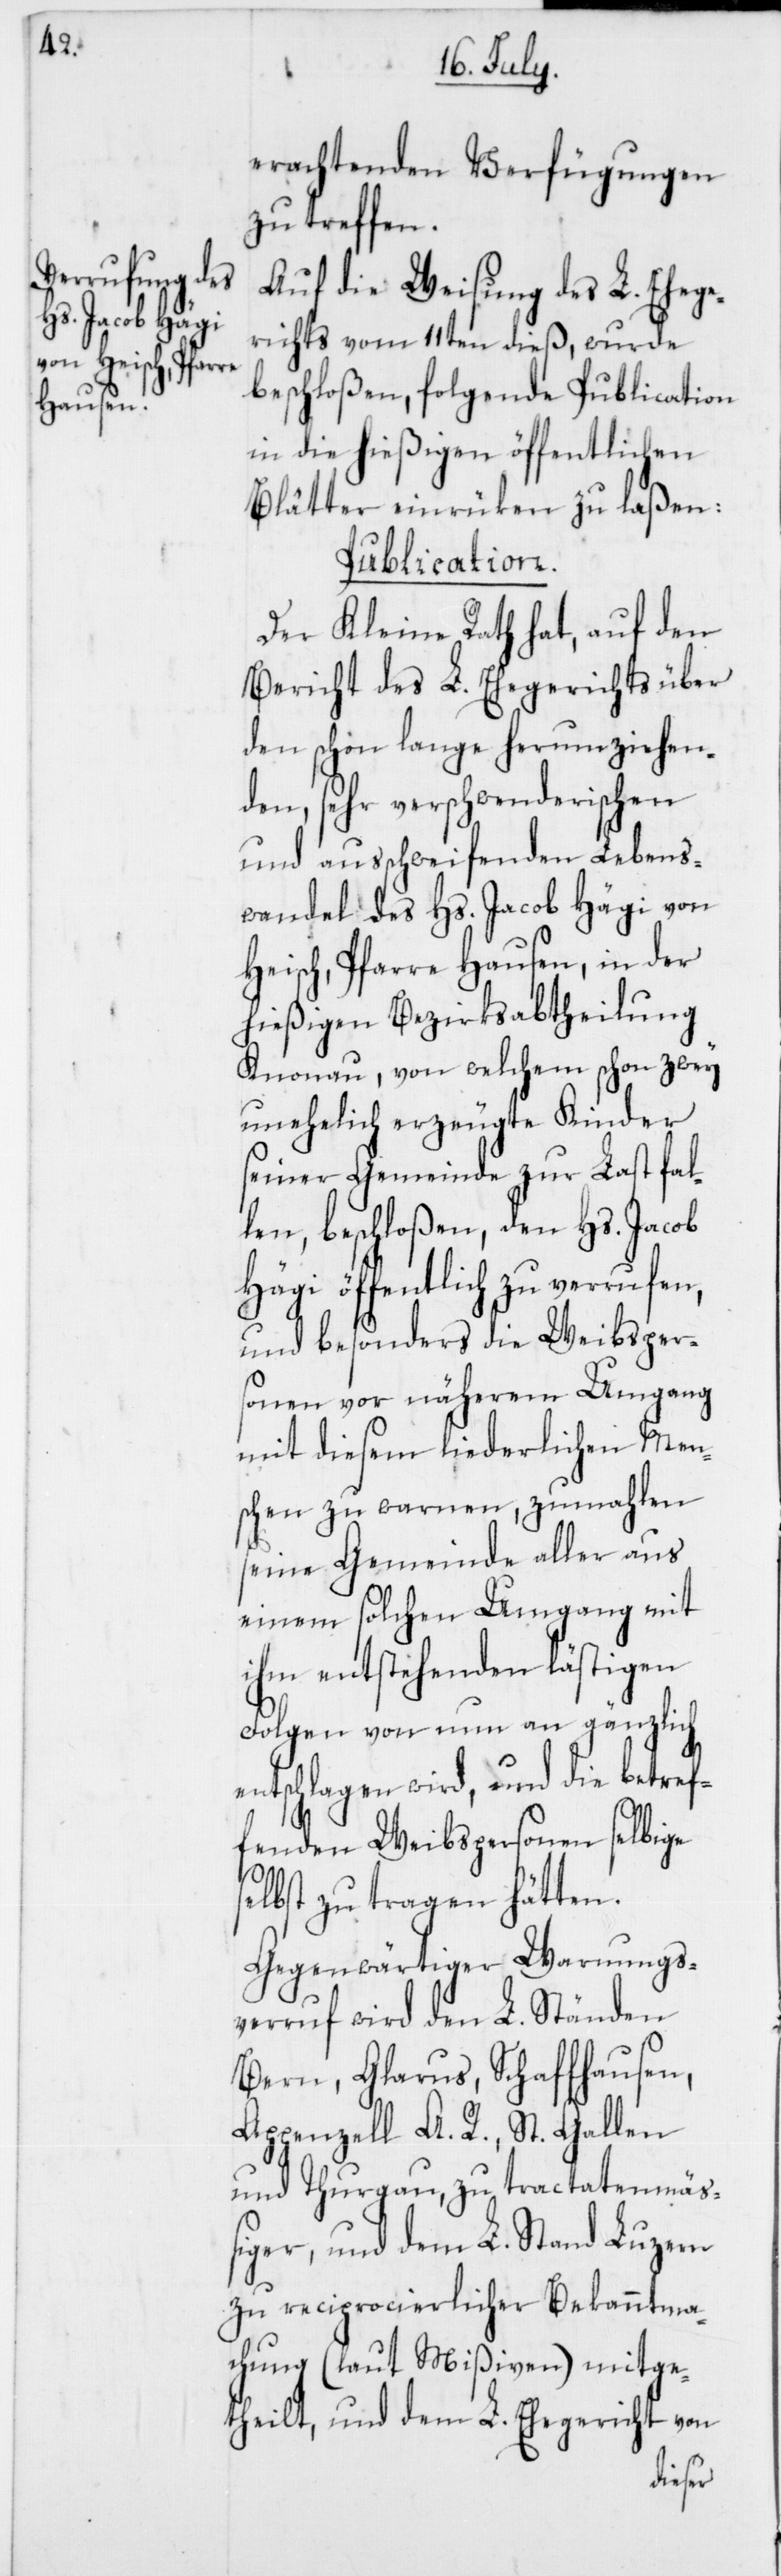
erachtenden Verfügungen
zu treffen.
Auf die Weisung des L. Ehege¬
richts vom 11ten dieß, wurde
beschloßen, folgende Publication
in die hießigen öffentlichen
Blätter einrüken zu laßen:
Publication.
Der Kleine Rath hat, auf den
Bericht des L. Ehegerichts über
den schon lange herumziehen¬
den, sehr verschwenderischen
und ausschweifenden Lebens¬
wandel des Hs. Jacob Hägi von
Heisch, Pfarre Hausen, in der
hießigen Bezirksabtheilung
Knonau, von welchem schon zwey
unehelich erzeugte Kinder
seiner Gemeinde zur Last fal¬
len, beschloßen, den Hs. Jacob
Hägi öffentlich zu verrufen,
und besonders die Weibsper¬
sonen vor näherem Umgang
mit diesem liederlichen Men¬
schen zu warnen, zumahlen
seine Gemeinde aller aus
einem solchen Umgang mit
ihm entstehenden lästigen
Folgen von nun an gänzlich
entschlagen wird, und die betref¬
fenden Weibspersonen selbige
selbst zu tragen hätten.
Gegenwärtiger Warnungs¬
verruf wird den L. Ständen
Bern, Glarus, Schaffhausen,
Appenzell A. R., St. Gallen
und Thurgau zu tractatenmä¬
ßiger, und dem L. Stand Luzern
zu reciprocierlicher Bekanntma¬
chung (laut Mißiven) mitge¬
theilt, und dem L. Ehegericht von